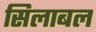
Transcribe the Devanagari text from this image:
सिलाबल